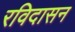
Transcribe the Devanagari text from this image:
रविदासन